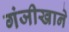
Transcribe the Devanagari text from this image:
गंजीखाने